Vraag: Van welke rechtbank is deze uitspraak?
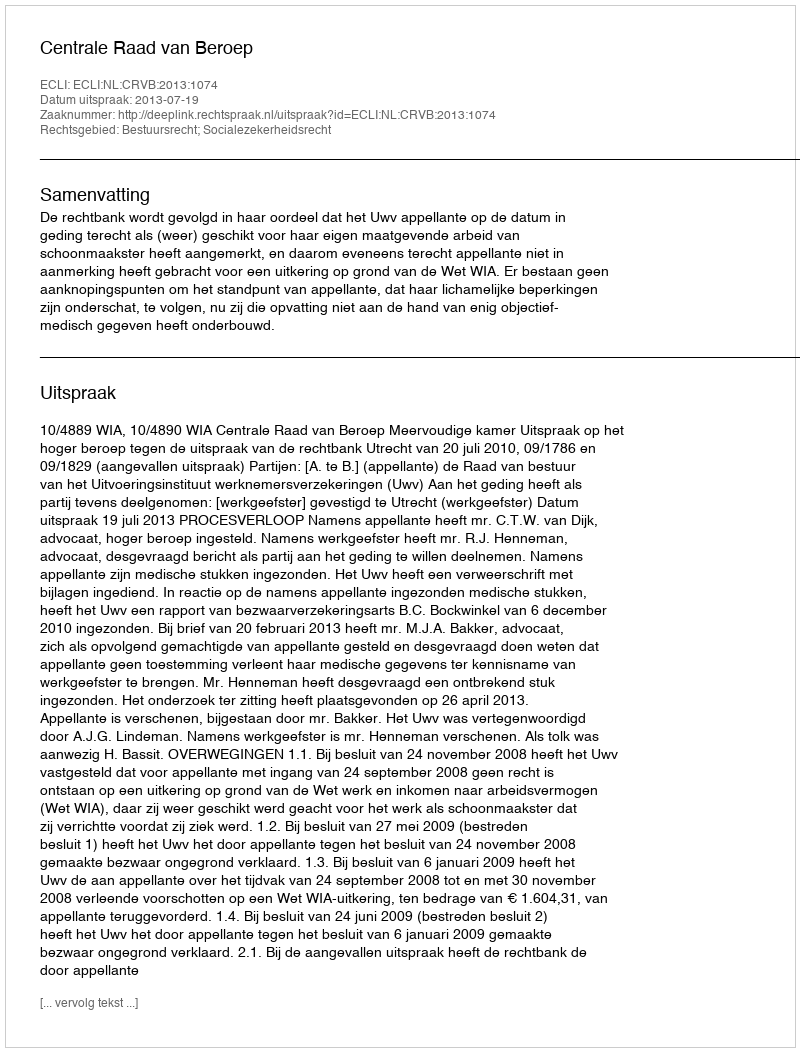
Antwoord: Centrale Raad van Beroep